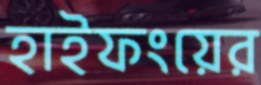
হাইফংয়ের